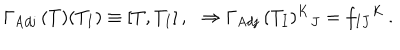
\Gamma _ { \mathrm { A d j } } \, ( T ) ( T _ { I } ) \equiv [ T , T _ { I } ] \, , \, \, \, \, \Rightarrow \Gamma _ { \mathrm { A d j } } \, ( T _ { I } ) ^ { K } { } _ { J } = f _ { I J } { } ^ { K } \, .